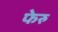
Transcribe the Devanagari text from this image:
फेरु